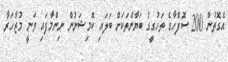
އެގޮތުން 200 ސޮފްހާގެ ތަހުގީގު ބަޔާންތަކަށް ބަލައި ކޮމިޝަނުން ނިންމާފައި ވަނީ މުޒާހަރާ